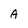
Character: A